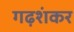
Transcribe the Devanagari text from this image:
गढ़शंकर